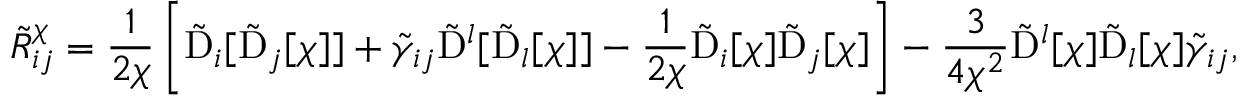
\tilde { R } ^ { \chi } _ { i j } = \frac { 1 } { 2 \chi } \left[ \tilde { \mathrm { D } } _ { i } [ \tilde { \mathrm { D } } _ { j } [ \chi ] ] + \tilde { \gamma } _ { i j } \tilde { \mathrm { D } } ^ { l } [ \tilde { \mathrm { D } } _ { l } [ \chi ] ] - \frac { 1 } { 2 \chi } \tilde { \mathrm { D } } _ { i } [ \chi ] \tilde { \mathrm { D } } _ { j } [ \chi ] \right] - \frac { 3 } { 4 \chi ^ { 2 } } \tilde { \mathrm { D } } ^ { l } [ \chi ] \tilde { \mathrm { D } } _ { l } [ \chi ] \tilde { \gamma } _ { i j } ,